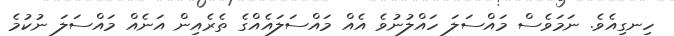
ހިނގިއެވެ. ނަމަވެސް މައްސަލަ ހައްލުނުވެ އެއް މައްސަލައެއްގެ ތެރެއިން އަނެއް މައްސަލަ ނުކުމެ